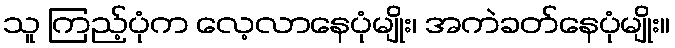
သူ ကြည့်ပုံက လေ့လာနေပုံမျိုး၊ အကဲခတ်နေပုံမျိုး။